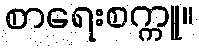
စာရေးစက္ကူ။